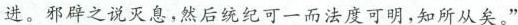
进。邪辟之说灭息，然后统纪可一而法度可明，知所从矣。”